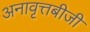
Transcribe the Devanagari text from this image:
अनावृत्तबीजी